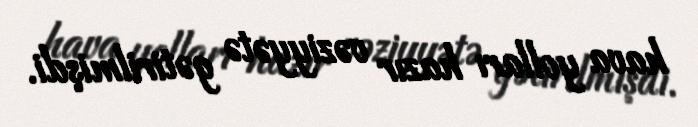
hava yolları hazır vəziyyətə gətirilmişdi.